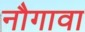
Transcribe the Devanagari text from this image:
नौगावा